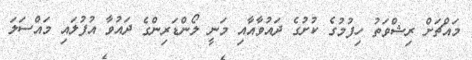
މައްޗަށް ރިޝްވަތު ހިފުމުގެ ކުށުގެ ދައުވާއާއި މަނީ ލޯންޑަރިންގެ ދައުވާ އުފުލައި މައްސަލަ